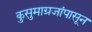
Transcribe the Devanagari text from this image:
कुसुमाग्रजांपासून